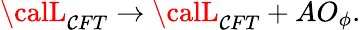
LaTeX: {\calL}_{\mathcal{C}FT}\to{\calL}_{\mathcal{C}FT}+AO_{\phi}.